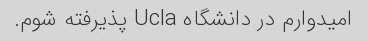
امیدوارم در دانشگاه Ucla پذیرفته شوم.